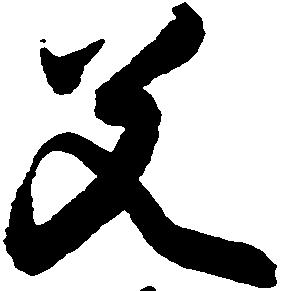
父